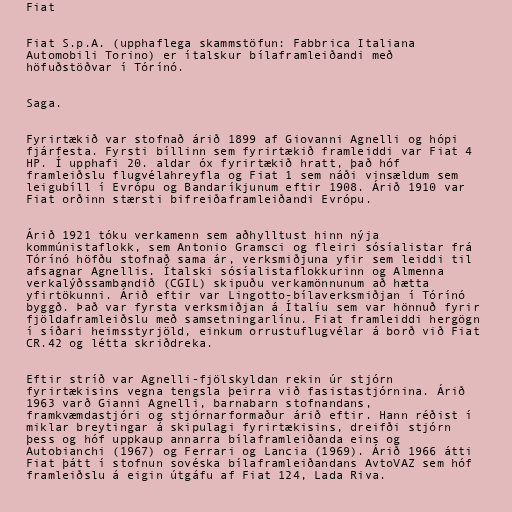
Fiat

Fiat S.p.A. (upphaflega skammstöfun: Fabbrica Italiana
Automobili Torino) er ítalskur bílaframleiðandi með
höfuðstöðvar í Tórínó.

Saga.

Fyrirtækið var stofnað árið 1899 af Giovanni Agnelli og hópi
fjárfesta. Fyrsti bíllinn sem fyrirtækið framleiddi var Fiat 4
HP. Í upphafi 20. aldar óx fyrirtækið hratt, það hóf
framleiðslu flugvélahreyfla og Fiat 1 sem náði vinsældum sem
leigubíll í Evrópu og Bandaríkjunum eftir 1908. Árið 1910 var
Fiat orðinn stærsti bifreiðaframleiðandi Evrópu.

Árið 1921 tóku verkamenn sem aðhylltust hinn nýja
kommúnistaflokk, sem Antonio Gramsci og fleiri sósíalistar frá
Tórínó höfðu stofnað sama ár, verksmiðjuna yfir sem leiddi til
afsagnar Agnellis. Ítalski sósíalistaflokkurinn og Almenna
verkalýðssambandið (CGIL) skipuðu verkamönnunum að hætta
yfirtökunni. Árið eftir var Lingotto-bílaverksmiðjan í Tórínó
byggð. Það var fyrsta verksmiðjan á Ítalíu sem var hönnuð fyrir
fjöldaframleiðslu með samsetningarlínu. Fiat framleiddi hergögn
í síðari heimsstyrjöld, einkum orrustuflugvélar á borð við Fiat
CR.42 og létta skriðdreka.

Eftir stríð var Agnelli-fjölskyldan rekin úr stjórn
fyrirtækisins vegna tengsla þeirra við fasistastjórnina. Árið
1963 varð Gianni Agnelli, barnabarn stofnandans,
framkvæmdastjóri og stjórnarformaður árið eftir. Hann réðist í
miklar breytingar á skipulagi fyrirtækisins, dreifði stjórn
þess og hóf uppkaup annarra bílaframleiðanda eins og
Autobianchi (1967) og Ferrari og Lancia (1969). Árið 1966 átti
Fiat þátt í stofnun sovéska bílaframleiðandans AvtoVAZ sem hóf
framleiðslu á eigin útgáfu af Fiat 124, Lada Riva.